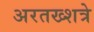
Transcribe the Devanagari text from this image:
अरतख्शत्रे